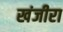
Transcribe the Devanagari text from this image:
खंजीरा